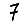
Digit: 7